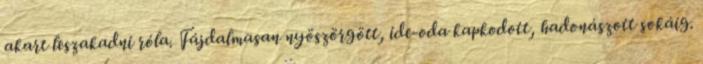
akart leszakadni róla. Fájdalmasan nyöszörgött, ide-oda kapkodott, hadonászott sokáig.